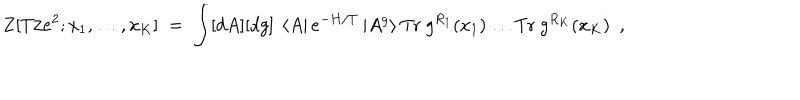
LaTeX: Z [ T / e ^ { 2 } ; x _ { 1 } , \ldots , x _ { K } ] \; = \; \int [ d A ] [ d g ] ~ \left< A \right| e ^ { - H / T } \left| A ^ { g } \right> \mathrm { T r } ~ g ^ { R _ { 1 } } ( x _ { 1 } ) \ldots \mathrm { T r } ~ g ^ { R _ { K } } ( x _ { K } ) ~ ~ ,